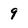
Character: 9